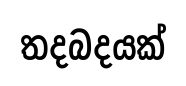
තදබදයක්